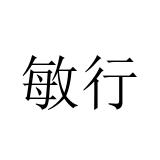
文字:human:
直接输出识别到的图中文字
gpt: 敏行